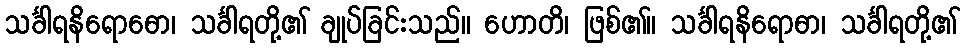
သင်္ခါရနိရောဓော၊ သင်္ခါရတို့၏ ချုပ်ခြင်းသည်။ ဟောတိ၊ ဖြစ်၏။ သင်္ခါရနိရောဓာ၊ သင်္ခါရတို့၏